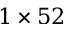
1 \times 5 2